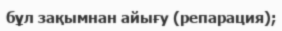
бұл зақымнан айығу (репарация);